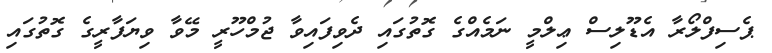
ޕެސިފްލޯރާ އެޑޫލިސް ޢިލްމީ ނަމެއްގެ ގޮތުގައި ދެވިފައިވާ ޖުމްހޫރީ މޭވާ ވިޔަފާރީގެ ގޮތުގައި